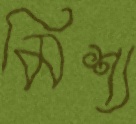
মিশ্য